Annual administration report of the Civil Veterinary Department of India - 1894-1895
Year: 1894
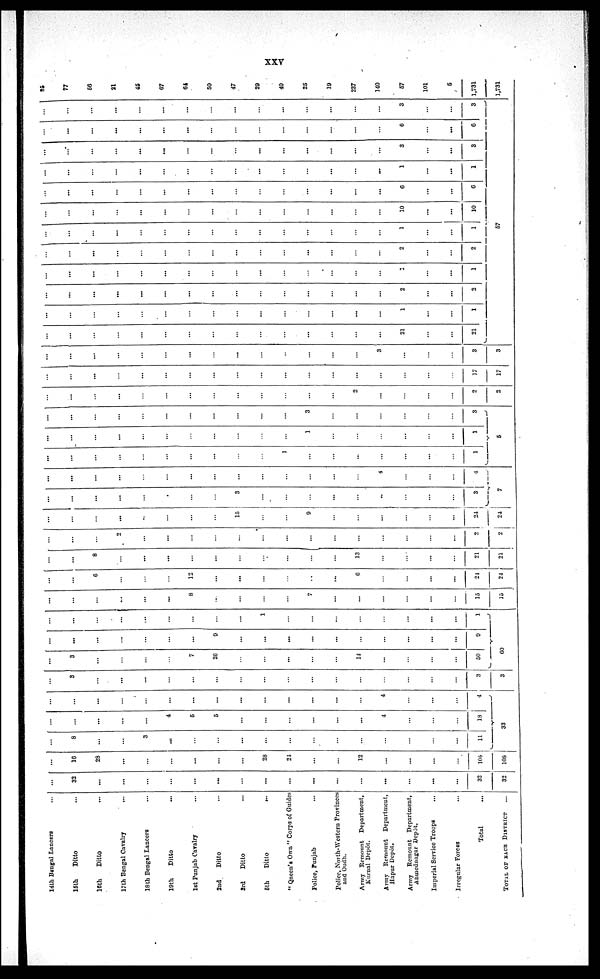
xxv
14th Bengal Lancers ...
15th
Ditto …
16th
Ditto …
17th Bengal Cavalry ...
18th Bengal Lancers ...
19th
Ditto …
1st Punjab Cavalry ...
2nd
Ditto …
3rd
Ditto …
6th
Ditto …
" Queen's Own " Corps of Guides
Police, Punjab …
Police, North-Western Provinces
and Oudh.
Army Remount Department,
Kurnal Depôt.
Army Remount Department,
Hapur Depôt.
Army Remount Department,
Ahmednagar Depót.
Imperial Service Troops ...
Irregular Forces …
Total …
TOTAL OF EACH DISTRICT ...
…
32
...
...
...
…
...
...
…
...
...
...
…
…
...
...
...
…
32
32
…
16
28
…
…
…
...
…
...
28
24
…
…
12
…
…
…
…
105
108
…
8
...
…
3
...
…
…
...
...
…
…
…
…
…
…
…
…
11
…
...
...
...
…
4
5
5
...
…
…
...
…
…
4
…
…
…
18
…
…
...
…
…
…
…
…
...
…
…
…
…
…
4
…
...
…
4
33
…
3
…
...
...
…
…
…
…
…
…
…
…
…
…
…
…
…
3
3
...
3
…
…
…
…
7
26
…
…
...
…
…
14
…
…
…
…
50
...
...
...
…
…
…
…
9
...
...
...
...
…
…
…
…
…
...
9
...
...
…
…
...
…
…
…
...
1
…
...
…
…
…
…
...
…
1
60
...
...
...
...
...
...
8
...
...
...
...
7
...
...
...
...
...
...
15
15
...
...
6
...
...
...
12
...
...
...
...
…
...
6
...
...
...
...
24
24
…
…
8
…
...
...
…
...
…
…
…
…
…
13
…
…
...
…
21
21
…
…
…
2
…
…
…
…
…
…
…
…
…
…
…
…
…
…
2
2
…
…
…
...
..
…
…
…
15
…
…
9
…
…
…
…
…
…
24
24
…
…
...
...
…
…
…
…
3
…
…
…
…
…
..
…
...
…
3
...
...
...
…
…
…
...
...
…
…
…
…
…
…
…
…
…
4
7
...
…
…
…
…
…
…
…
…
…
1
…
…
…
…
…
…
…
1
…
…
…
...
…
…
…
…
…
…
…
1
…
…
…
...
…
…
1
…
...
…
...
…
...
…
…
…
…
…
3
…
…
…
…
…
…
3
5
…
…
…
...
…
…
...
…
…
…
…
…
…
2
...
…
…
…
2
2
...
...
...
...
...
...
...
...
...
...
…
...
...
...
...
...
...
...
17
17
...
…
...
…
…
…
...
…
...
…
…
…
…
…
3
…
…
…
3
3
…
...
…
…
....
…
…
…
…
…
…
…
…
…
…
21
…
…
21
…
…
…
…
…
…
…
…
…
…
…
…
…
...
...
1
…
…
1
...
...
...
...
...
...
...
...
...
...
...
...
...
...
...
2
...
...
2
…
...
...
…
…
...
…
...
…
...
…
…
…
...
…
1
…
...
1
...
…
...
...
…
…
…
…
…
…
…
…
…
…
…
2
…
…
2
...
…
…
…
…
…
…
…
…
…
…
…
…
…
...
1
…
…
1
57
…
…
…
…
…
...
…
…
…
…
…
…
…
…
…
10
...
…
10
...
...
...
…
…
...
…
…
…
…
…
…
…
…
...
6
...
…
6
…
…
…
…
...
…
…
…
…
...
…
…
…
…
...
1
...
...
1
...
…
…
...
...
...
…
...
…
...
...
...
…
…
…
3
…
...
3
…
...
…
...
...
...
...
…
...
…
...
…
…
…
…
6
…
...
6
…
…
...
...
…
…
…
…
…
…
...
…
…
…
…
3
…
…
3
85
77
56
21
45
67
64
50
47
29
40
25
19
237
140
57
101
5
1,731
1,731